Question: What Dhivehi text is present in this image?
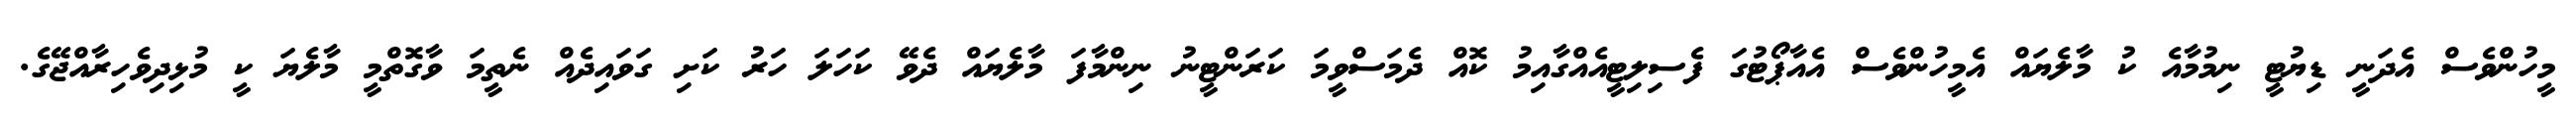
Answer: މީހުންވެސް އެދަނީ ޑިޔުޓީ ނިމުމާއެ ކު މާލެޔައް އެމީހުންވެސް އެއާޕޯޓުގަ ފެސިލިޓީއެއްގާއިމު ކޮއް ދެމަސްވީމަ ކަރަންޓީނު ނިންމާފަ މާލެޔައް ދެވޭ ކަހަލަ ހަރު ކަށި ގަވައިދެއް ނެތީމަ ވާގޮތްމީ މާލެޔަ ކީ މުޅިދިވެހިރާއްޖޭގެ.